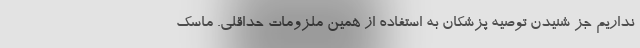
نداریم جز شنیدن توصیه پزشکان به استفاده از همین ملزومات حداقلی. ماسک